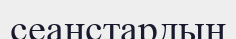
сеанстардың